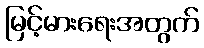
မြင့်မားရေးအတွက်